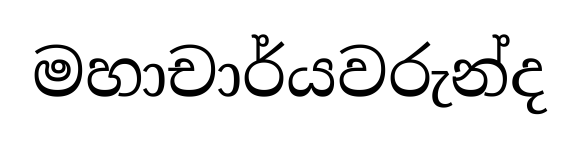
මහාචාර්යවරුන්ද